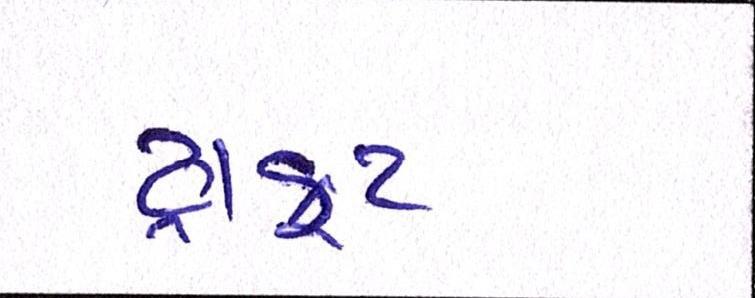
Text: ડ્રાફ્ટ